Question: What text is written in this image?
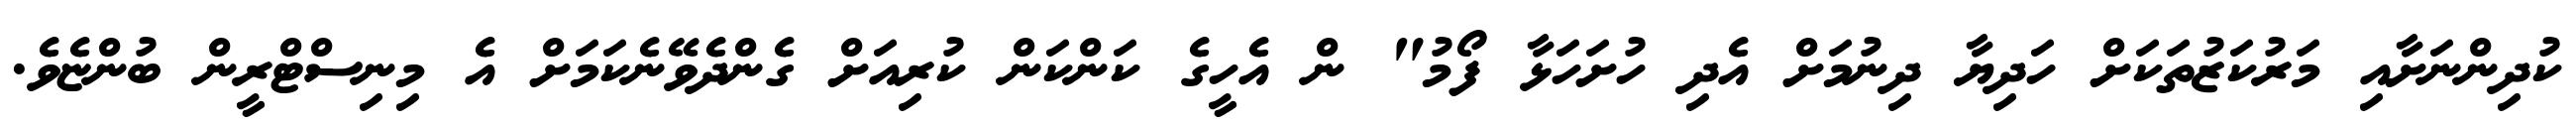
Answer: ކުދިންނަށާއި މަރުކަޒުތަކަށް ހަދިޔާ ދިނުމަށް އެދި ހުށަހަޅާ ފޯމު" ން އެހީގެ ކަންކަން ކުރިއަށް ގެންދެވޭނެކަމަށް އެ މިނިސްޓްރީން ބުންޏެވެ.